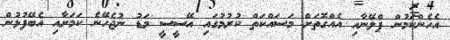
އެހެންކަމުން ޕްލޭނާއި އެއްގޮތަށް މަސައްކަތް ކުރުމުގައި އޭސީސީ މަޑު ނުޖެހޭނެ ކަމަށާއި އެބޭފުޅުން